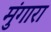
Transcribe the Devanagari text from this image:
मुंगारा